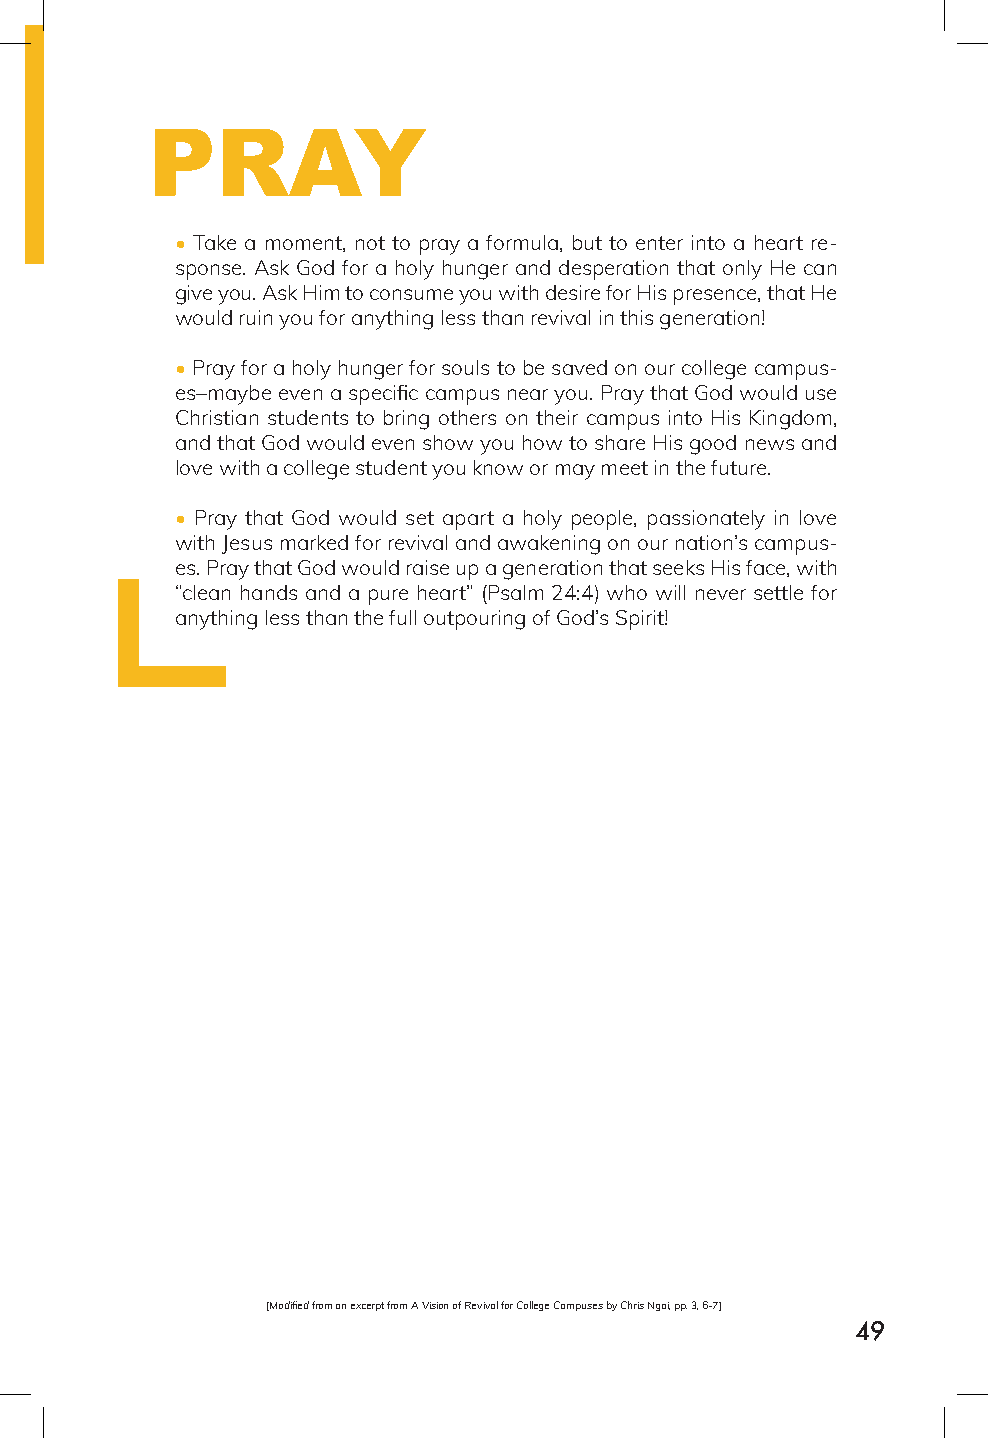
PRAY
 • Take a moment, not to pray a formula, but to enter into a heart re-
 sponse. Ask God for a holy hunger and desperation that only He can
 give you. Ask Him to consume you with desire for His presence, that He
 would ruin you for anything less than revival in this generation!
 • Pray for a holy hunger for souls to be saved on our college campus-
 es–maybe even a specific campus near you. Pray that God would use
 Christian students to bring others on their campus into His Kingdom,
 and that God would even show you how to share His good news and
 love with a college student you know or may meet in the future.
 • Pray that God would set apart a holy people, passionately in love
 with Jesus marked for revival and awakening on our nation’s campus-
 es. Pray that God would raise up a generation that seeks His face, with
 “clean hands and a pure heart” (Psalm 24:4) who will never settle for
 anything less than the full outpouring of God’s Spirit!
 [Modified from an excerpt from A Vision of Revival for College Campuses by Chris Ngai, pp. 3, 6-7]
 49